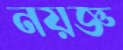
নয়জ্ঞ